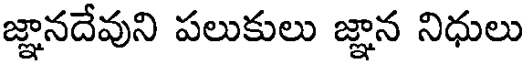
జ్ఞానదేవుని పలుకులు జ్ఞాన నిధులు